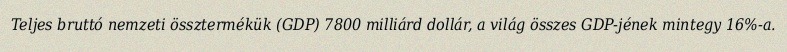
Teljes bruttó nemzeti össztermékük (GDP) 7800 milliárd dollár, a világ összes GDP-jének mintegy 16%-a.